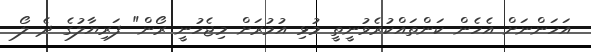
އަހަންނަށް އެހެން ކަންތައްކުރެވުނީތީ މުޅި އުމުރަށް މިޖެހުނީ ރޯން" ފަރިޔާލުގެ ދެ ލޯ